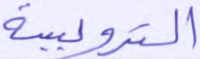
الترويسة